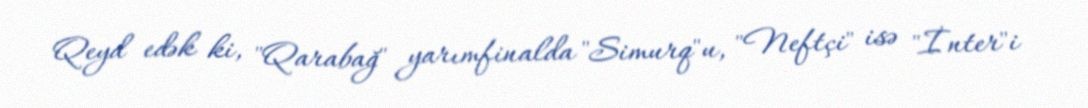
Qeyd edək ki, "Qarabağ" yarımfinalda "Simurq"u, "Neftçi" isə "İnter"i